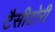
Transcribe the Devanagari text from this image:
टैसीटोरी